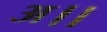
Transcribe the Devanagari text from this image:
अ।।